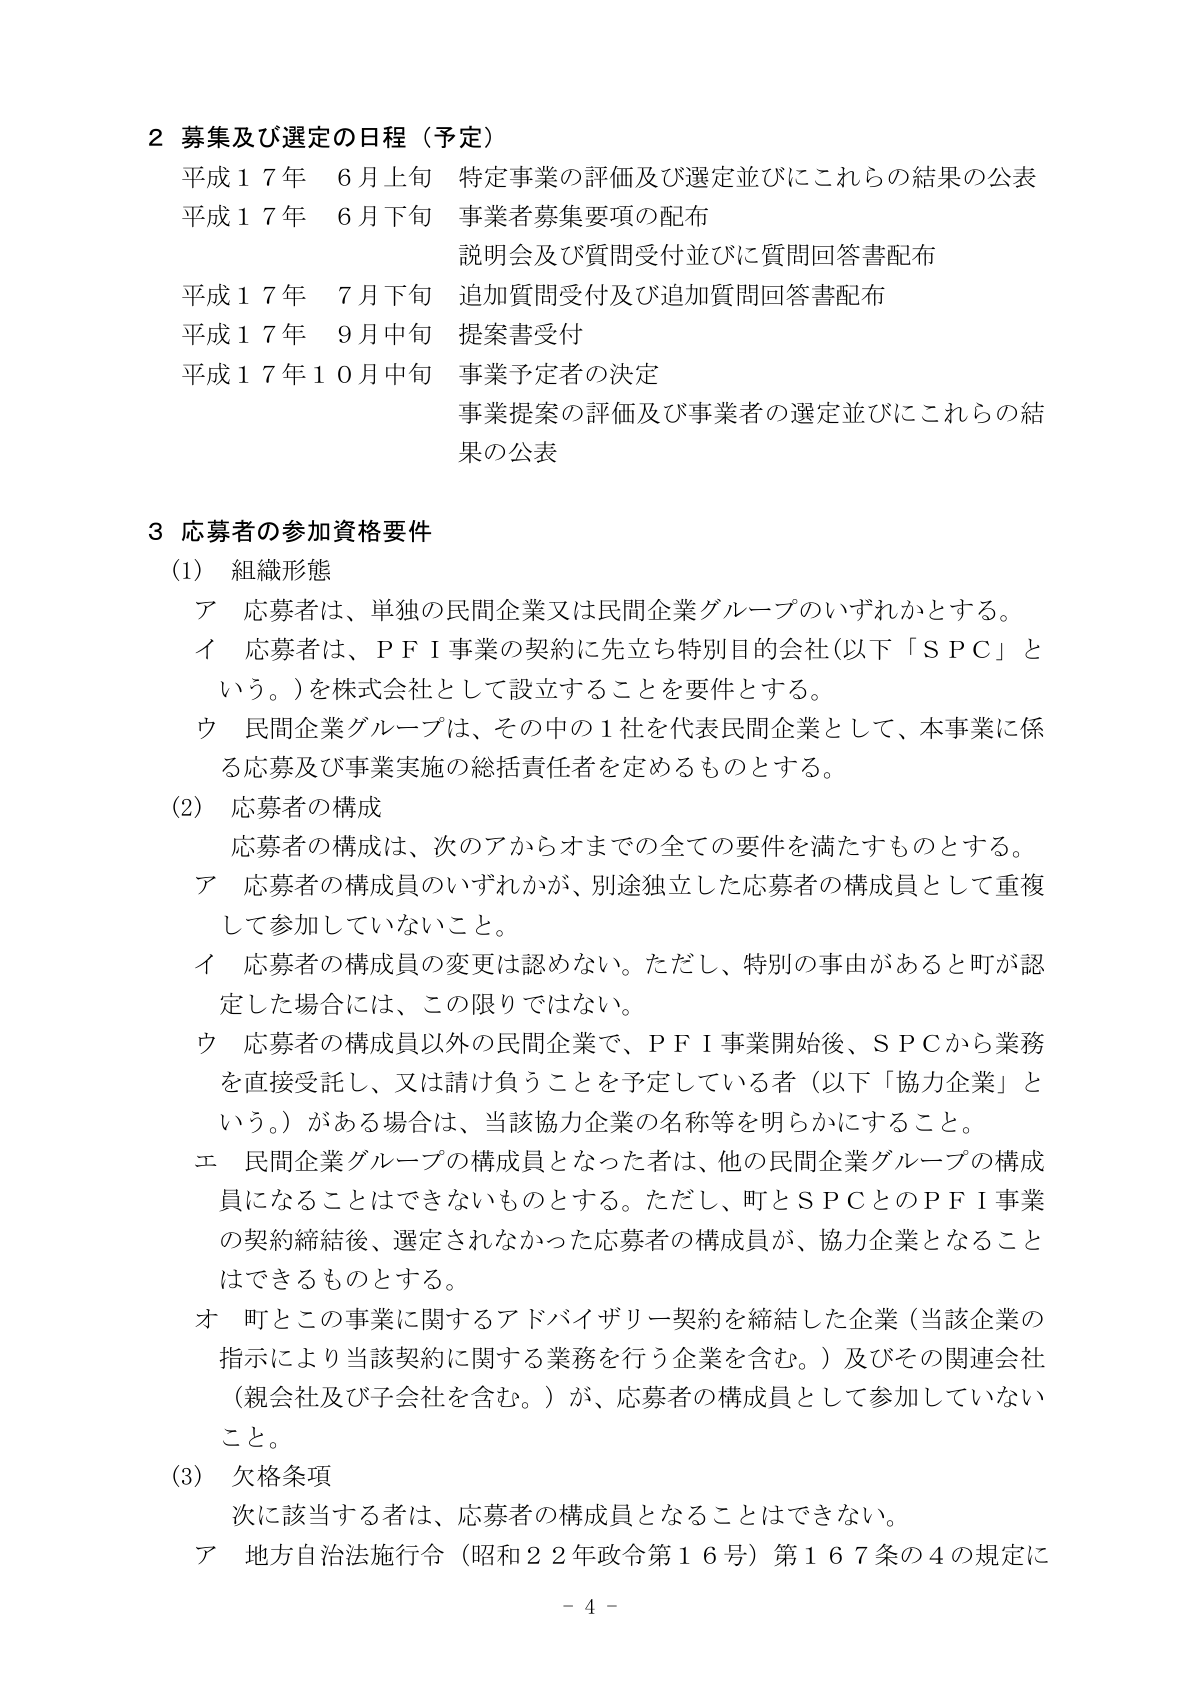
2 募集及び選定の日程（予定）
平成17年 6月上旬 特定事業の評価及び選定並びにこれらの結果の公表
平成17年 6月下旬 事業者募集要項の配布
　　　　　　　　　説明会及び質問受付並びに質問回答書配布
平成17年 7月下旬 追加質問受付及び追加質問回答書配布
平成17年 9月中旬 提案書受付
平成17年10月中旬 事業予定者の決定
　　　　　　　　　事業提案の評価及び事業者の選定並びにこれらの結果の公表

3 応募者の参加資格要件
(1) 組織形態
　ア 応募者は、単独の民間企業又は民間企業グループのいずれかとする。
　イ 応募者は、ＰＦＩ事業の契約に先立ち特別目的会社（以下「ＳＰＣ」という。）を株式会社として設立することを要件とする。
　ウ 民間企業グループは、その中の1社を代表民間企業として、本事業に係る応募及び事業実施の総括責任者を定めるものとする。

(2) 応募者の構成
　応募者の構成は、次のアからオまでの全ての要件を満たすものとする。
　ア 応募者の構成員のいずれかが、別途独立した応募者の構成員として重複して参加していないこと。
　イ 応募者の構成員の変更は認めない。ただし、特別の事由があると町が認定した場合には、この限りではない。
　ウ 応募者の構成員以外の民間企業で、ＰＦＩ事業開始後、ＳＰＣから業務を直接受託し、又は請け負うことを予定している者（以下「協力企業」という。）がある場合は、当該協力企業の名称等を明らかにすること。
　エ 民間企業グループの構成員となった者は、他の民間企業グループの構成員になることはできないものとする。ただし、町とＳＰＣとのＰＦＩ事業の契約締結後、選定されなかった応募者の構成員が、協力企業となることはできるものとする。
　オ 町とこの事業に関するアドバイザリー契約を締結した企業（当該企業の指示により当該契約に関する業務を行う企業を含む。）及びその関連会社（親会社及び子会社を含む。）が、応募者の構成員として参加していないこと。

(3) 欠格条項
　次に該当する者は、応募者の構成員となることはできない。
　ア 地方自治法施行令（昭和22年政令第16号）第167条の4の規定に

- 4 -